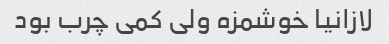
لازانیا خوشمزه ولی کمی چرب بود